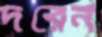
দরেন